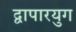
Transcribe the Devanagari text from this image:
द्वापारयुग